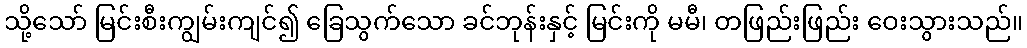
သို့သော် မြင်းစီးကျွမ်းကျင်၍ ခြေသွက်သော ခင်ဘုန်းနှင့် မြင်းကို မမီ၊ တဖြည်းဖြည်း ဝေးသွားသည်။